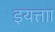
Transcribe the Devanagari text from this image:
इयत्ताा